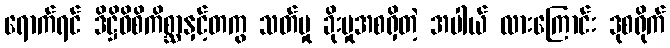
ရောက်ရင် ဒိဋ္ဌိဝိစိကိစ္ဆာနှင့်တကွ သတ်မှု ခိုးမှုအစရှိတဲ့ အပါယ် လားကြောင်း ဒုစရိုက်